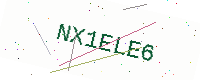
Text: NX1ELE6